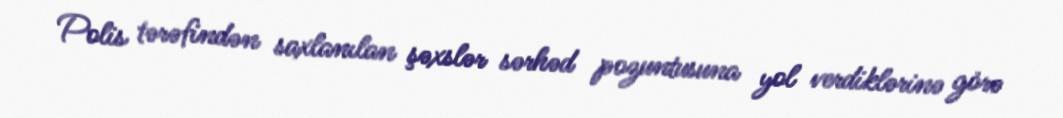
Polis tərəfindən saxlanılan şəxslər sərhəd pozuntusuna yol verdiklərinə görə